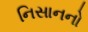
નિસાનનો